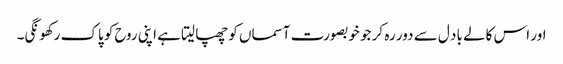
اور اس کالے باد ل سے دور رہ کر جو خوبصورت آسماں کو چھپا لیتا ہے اپنی روح کو پاک رکھونگی۔